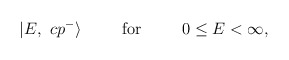
\begin{align*}|E,\ cp^-\rangle\phantom{00000}\mbox{for}\phantom{00000}0\leq E<\infty,\end{align*}